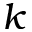
k